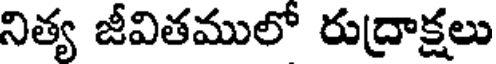
నిత్య జీవితములో రుద్రాక్షలు